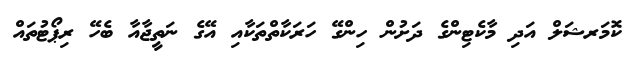
ކޮމަރޝަލް އަދި މާކެޓިންގެ ދަށުން ހިންގޭ ހަރަކާތްތަކާއި އޭގެ ނަތީޖާއާ ބެހޭ ރިޕޯޓުތައް